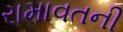
રામાવતની